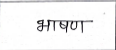
मजकूर: भाषण